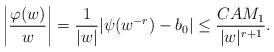
LaTeX: \begin{align*}\left|\frac{\varphi(w)}{w}\right|=\frac{1}{|w|}|\psi(w^{-r})-b_0|\le \frac{CAM_{1}}{|w|^{r+1}}.\end{align*}